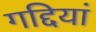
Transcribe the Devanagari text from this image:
गद्दियां